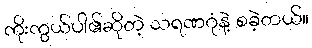
ကိုးကွယ်ပါ၏ဆိုတဲ့ သရဏဂုံနဲ့ စခဲ့တယ်။